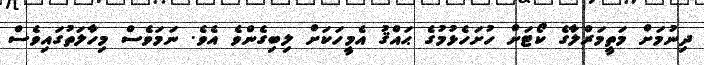
ދިނުމަށް މަތީމަރްލާގެ ކޯޓަށް ހުށަހެޅުމުގެ ޙައްޤު އެމީހަކަށް ލިބިގެންވެ އެވެ. ނަމަވެސް މިހާލަތުގައިވެސް